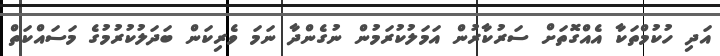
އަދި ހުކުމްތަކާ އެއްގޮތަށް ސަރުކާރުން އަމަލުކުރަމުން ނުގެންދާ ނަމަ ވެރިކަން ބަދަލުކުރުމުގެ މަސައްކަތް